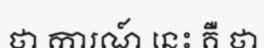
ថា ការណ៍ នេះ គឺ ថា